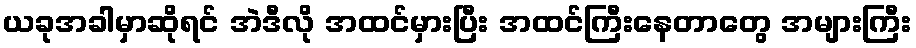
ယခုအခါမှာဆိုရင် အဲဒီလို အထင်မှားပြီး အထင်ကြီးနေတာတွေ အများကြီး